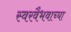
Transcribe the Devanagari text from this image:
स्वरवैभवाच्या